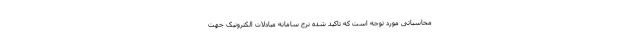
محاسباتی مورد توجه است که تاکید شده نرخ سامانه مبادلات الکترونیک جهت